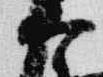
宰